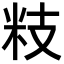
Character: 𥸳